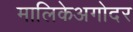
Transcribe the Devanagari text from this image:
मालिकेअगोदर